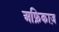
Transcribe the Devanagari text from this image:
अफ्रिकाज़